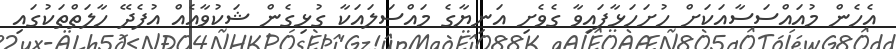
އެހެން މުއައްސަސާއަކަށް ހުށަހަޅާފައިވާ ގެވެށި އަނިޔާގެ މައްސަލައަކާ ގުޅިގެން ޝަކުވާއެއް އުފެދޭ ހާލަތްތަކުގައި